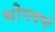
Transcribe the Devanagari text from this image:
थोपवणे